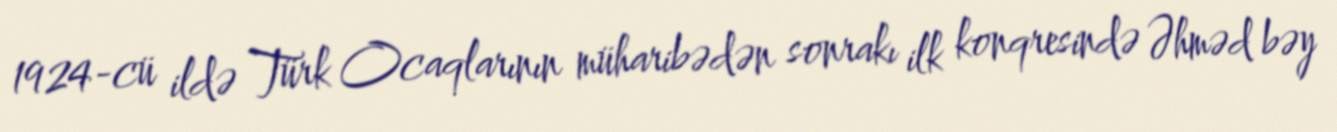
1924-cü ildə Türk Ocaqlarının müharibədən sonrakı ilk konqresində Əhməd bəy